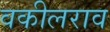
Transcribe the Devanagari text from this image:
वकीलराव